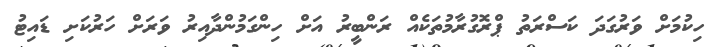
ހިކުމަށް ވަރުގަދަ ކަސްރަތު ޕްރޮގުރާމުތަކެއް ރަންބީރު އަށް ހިންގަމުންދާއިރު ވަރަށް ހަރުކަށި ޑައިޓު